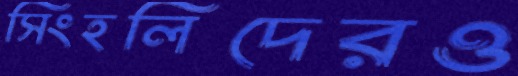
সিংহলিদেরও